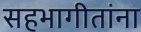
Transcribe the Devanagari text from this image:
सहभागीतांना